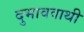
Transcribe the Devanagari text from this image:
दुभाववाथी